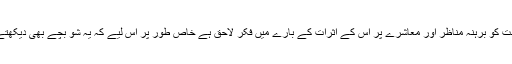
حکومت کو برہنہ مناظر اور معاشرے پر اس کے اثرات کے بارے میں فکر لاحق ہے خاص طور پر اس لیے کہ یہ شو بچے بھی دیکھتے ہیں۔